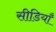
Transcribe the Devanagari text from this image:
सीडियाँ